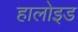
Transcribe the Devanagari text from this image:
हालोइड